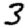
Digit: 3